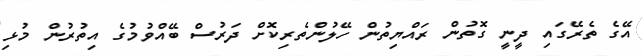
އޭގެ ތެރޭގައި ދީނީ ގޮތުން ރައްޔިތުން ހޭލުންތެރިކޮށް ދަރުސް ބޭއްވުމުގެ އިތުރުން މުޅި